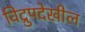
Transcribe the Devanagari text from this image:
विद्रुपदेखील